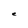
Character: e